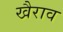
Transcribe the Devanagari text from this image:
खैराव